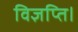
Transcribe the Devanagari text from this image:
विज्ञप्ति।